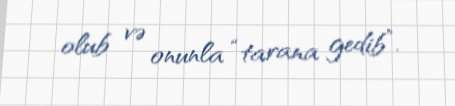
olub və onunla “tarana gedib”.